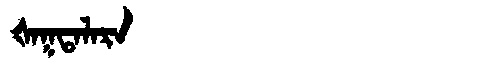
Manchu: ᡧᠠᡴᡨᠠᠯᠠᡵᠠ
Romanization: ŠAKTALARA